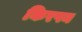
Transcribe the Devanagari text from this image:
किरपन